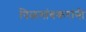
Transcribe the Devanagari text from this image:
पिळगांवकरांनी